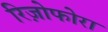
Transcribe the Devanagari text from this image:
रिज़ोफोरा